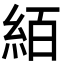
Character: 絔